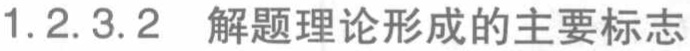
1.2.3.2 解题理论形成的主要标志